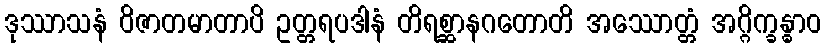
ဒုဿာသနံ ဝိဇာတမာတာပိ ဥတ္တရပဒါနံ တိရစ္ဆာနဂတောတိ အဿောတ္တံ အဂ္ဂိက္ခန္ဓာဝ